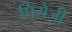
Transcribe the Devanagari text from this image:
पिरोजी